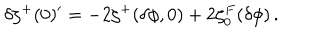
LaTeX: \delta \zeta ^ { + } ( 0 ) ^ { \prime } = - 2 \zeta ^ { + } ( \delta \phi , 0 ) + 2 \zeta _ { 0 } ^ { F } ( \delta \phi ) \, .